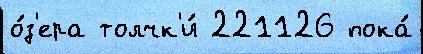
о́з'ера толчк'и́ 221126 пока́